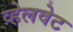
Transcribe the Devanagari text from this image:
व्हेलवेट